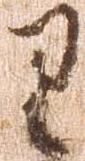
り